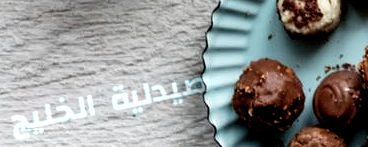
صيدلية الخليج